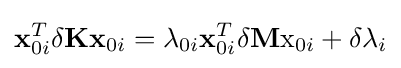
\mathbf {x} _{0i}^{T}\delta \mathbf {K} \mathbf {x} _{0i}=\lambda _{0i}\mathbf {x} _{0i}^{T}\delta \mathbf {M} \mathrm {x} _{0i}+\delta \lambda _{i}